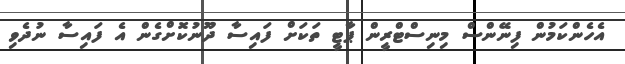
އެހެންކަމުން ފިނޭންސް މިނިސްްޓްރީން ޕާޓީ ތަކަށް ފައިސާ ދޫނުކޮށްގެން އެ ފައިސާ ނުދެވި